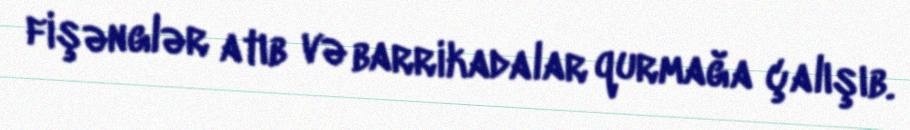
fişənglər atıb və barrikadalar qurmağa çalışıb.